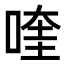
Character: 喹